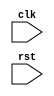
module ahb_controller (
    input clk, // input clock signal
    input rst, // input reset signal
    // design your AHB controller module here
    // including clock generation, data signal synchronization, and timing control
);
// define your AHB controller functionality here
endmodule